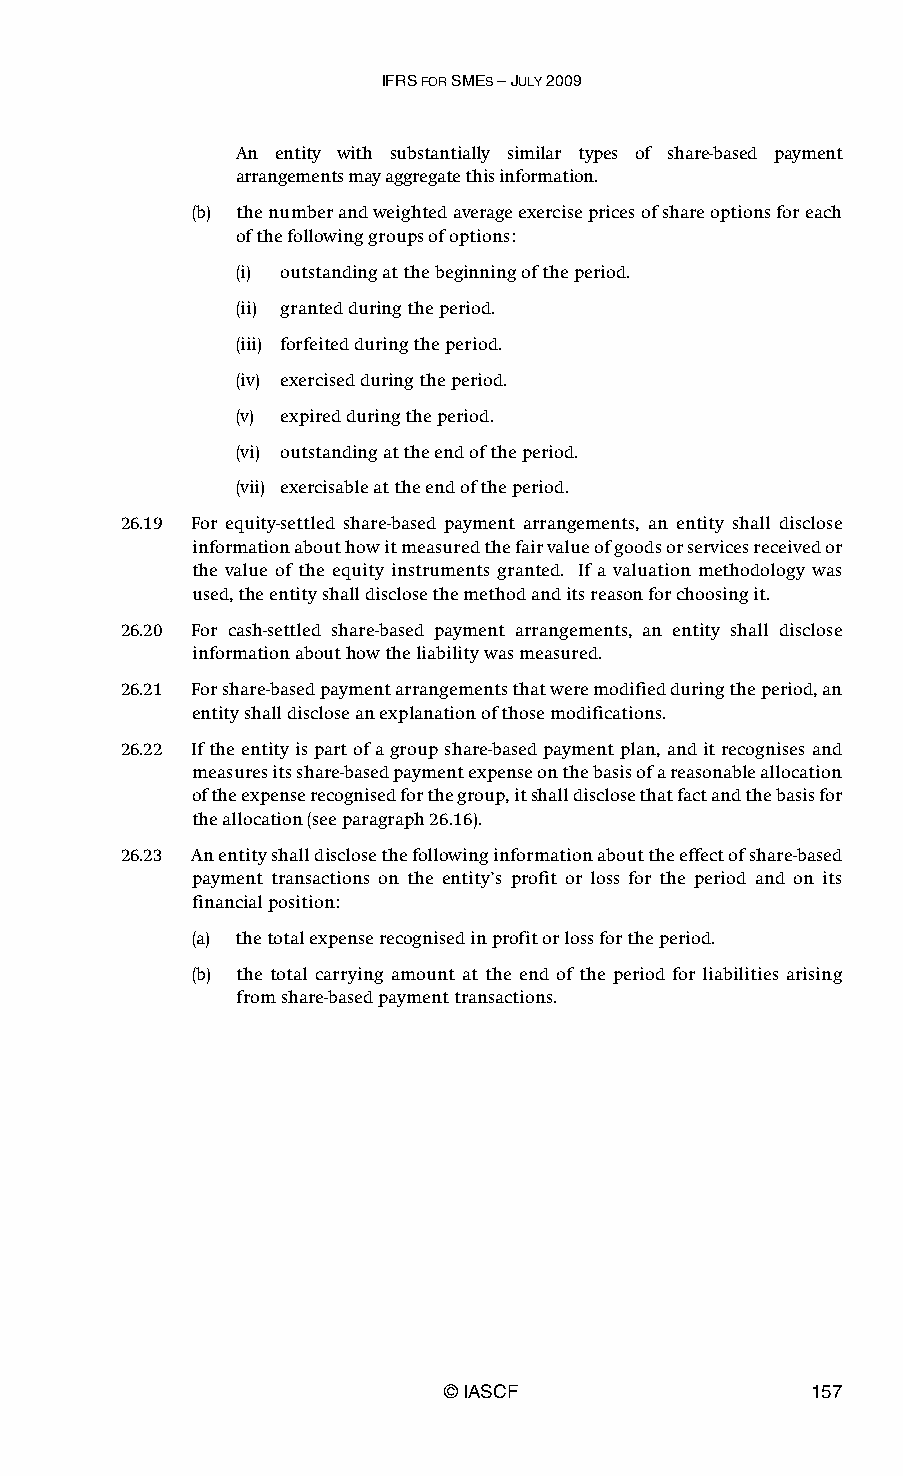
IFRS FOR SMES – JULY 2009
 An entity with substantially similar types of share-based payment
 arrangements may aggregate this information.
 (b) the number and weighted average exercise prices of share options for each
 of the following groups of options:
 (i) outstanding at the beginning of the period.
 (ii) granted during the period.
 (iii) forfeited during the period.
 (iv) exercised during the period.
 (v) expired during the period.
 (vi) outstanding at the end of the period.
 (vii) exercisable at the end of the period.
 26.19 For equity-settled share-based payment arrangements, an entity shall disclose
 information about how it measured the fair value of goods or services received or
 the value of the equity instruments granted. If a valuation methodology was
 used, the entity shall disclose the method and its reason for choosing it.
 26.20 For cash-settled share-based payment arrangements, an entity shall disclose
 information about how the liability was measured.
 26.21 For share-based payment arrangements that were modified during the period, an
 entity shall disclose an explanation of those modifications.
 26.22 If the entity is part of a group share-based payment plan, and it recognises and
 measures its share-based payment expense on the basis of a reasonable allocation
 of the expense recognised for the group, it shall disclose that fact and the basis for
 the allocation (see paragraph 26.16).
 26.23 An entity shall disclose the following information about the effect of share-based
 payment transactions on the entity’s profit or loss for the period and on its
 financial position:
 (a) the total expense recognised in profit or loss for the period.
 (b) the total carrying amount at the end of the period for liabilities arising
 from share-based payment transactions.
 © IASCF                 157